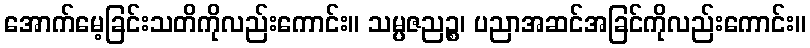
အောက်မေ့ခြင်းသတိကိုလည်းကောင်း။ သမ္ပဇညဉ္စ၊ ပညာအဆင်အခြင်ကိုလည်းကောင်း။